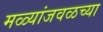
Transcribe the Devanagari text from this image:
मळ्यांजवळच्या